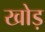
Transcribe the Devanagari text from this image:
खोड़